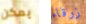
يمكن زرقاء